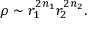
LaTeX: \rho \sim r _ { 1 } ^ { 2 n _ { 1 } } r _ { 2 } ^ { 2 n _ { 2 } } .